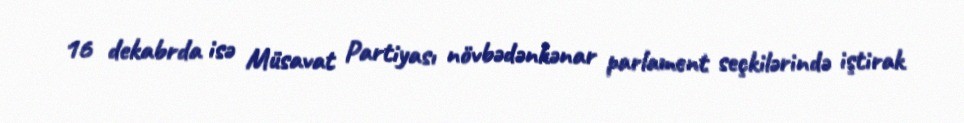
16 dekabrda isə Müsavat Partiyası növbədənkənar parlament seçkilərində iştirak